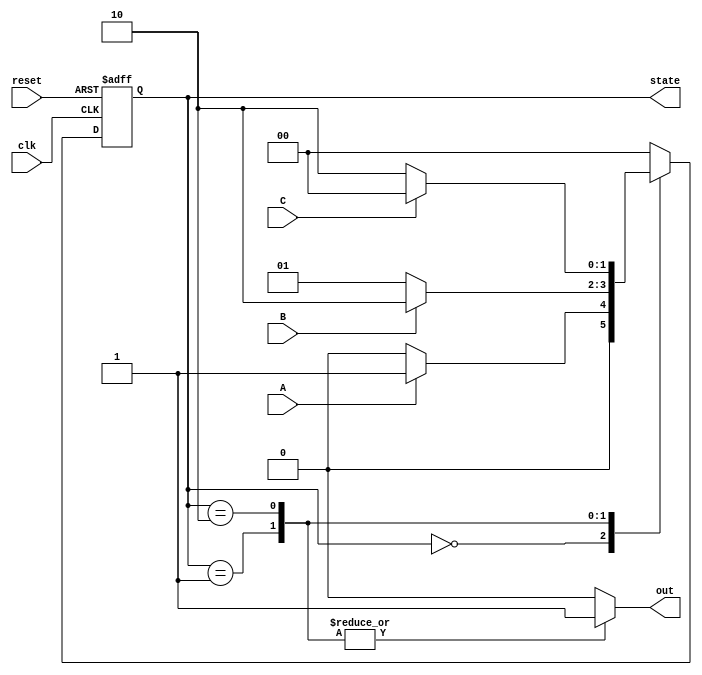
module moore_fsm (
    input wire clk,           // Clock signal
    input wire reset,         // Asynchronous reset
    input wire A,             // Input A
    input wire B,             // Input B
    input wire C,             // Input C
    output reg [1:0] state,   // Current state (2 bits for 3 states)
    output reg out            // Output based on the state
);

// State encoding
localparam S0 = 2'b00; // State 0
localparam S1 = 2'b01; // State 1
localparam S2 = 2'b10; // State 2

// Next state logic
reg [1:0] next_state;

// State transition logic
always @(*) begin
    case(state)
        S0: begin
            if (A) 
                next_state = S1;
            else 
                next_state = S0; // Stay in S0
        end
        S1: begin
            if (B) 
                next_state = S2;
            else 
                next_state = S1; // Stay in S1
        end
        S2: begin
            if (C) 
                next_state = S0;
            else 
                next_state = S2; // Stay in S2
        end
        default: next_state = S0; // Default to S0
    endcase
end

// State register
always @(posedge clk or posedge reset) begin
    if (reset)
        state <= S0;  // Reset to initial state S0
    else 
        state <= next_state; // Update state on clock edge
end

// Output logic (Moore machine)
always @(state) begin
    case(state)
        S0: out = 1'b0;  // Output for state S0
        S1: out = 1'b1;  // Output for state S1
        S2: out = 1'b1;  // Output for state S2
        default: out = 1'b0; // Default output
    endcase
end

endmodule